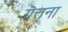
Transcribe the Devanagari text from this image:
यॆत्तना